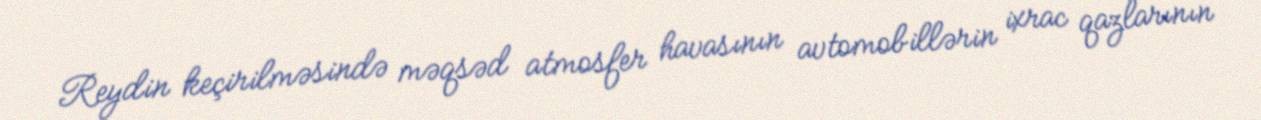
Reydin keçirilməsində məqsəd atmosfer havasının avtomobillərin ixrac qazlarının